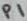
Text: P1